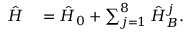
\begin{array} { r l } { \hat { H } } & { { } = \hat { H } _ { 0 } + \sum _ { j = 1 } ^ { 8 } \hat { H } _ { B } ^ { j } . } \end{array}